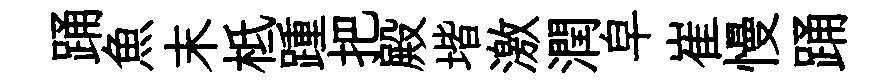
踊魚末柢踵把殿堦激潤皁崔慢踊